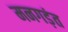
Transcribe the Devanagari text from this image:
मनगड़ंत